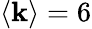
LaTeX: \left<\mathbf{k}\right>=6